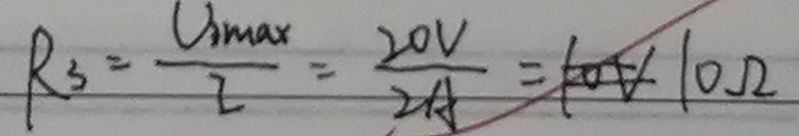
R _ { 3 } = \frac { U _ { 3 \max } } { 2 } = \frac { 2 0 V } { 2 A } = 1 0 V 1 0 \Omega